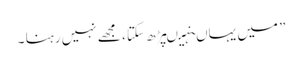
” میں یہاںنہیںپڑھ سکتا ، مجھے نہیں رہنا ۔